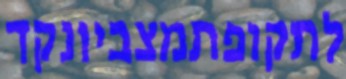
לתקופתמצביונקד